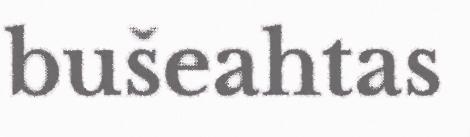
bušeahtas